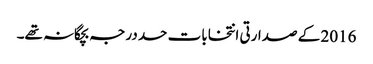
2016 کے صدارتی انتخابات حد درجہ بچگانہ تھے۔